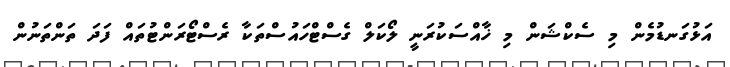
އަޅުގަނޑުމެން މި ސެކްޝަން މި ޚާއްސަކުރަނީ ލޯކަލް ގެސްޓްހައުސްތަކާ ރެސްޓޯރަންޓުތައް ފަދަ ތަންތަނުން